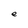
Character: e